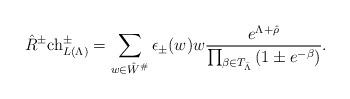
LaTeX: \begin{align*}\hat{R}^\pm \mathrm{ch}^\pm_{L(\Lambda)} = \sum_{w \in \hat{W}^\#}^{} \epsilon_\pm (w) w \frac{e^{\Lambda + \hat{\rho}}}{\prod_{\beta \in T_{\bar{\Lambda}}}{(1 \pm e^{-\beta})}}.\end{align*}